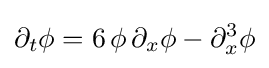
\partial _{t}\phi =6\,\phi \,\partial _{x}\phi -\partial _{x}^{3}\phi